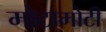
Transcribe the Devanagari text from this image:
मोटामोटी